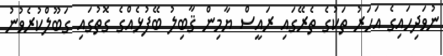
ނުވަދިހައިގެ އަހަރު ތަކުގެ ތެރޭގައި ރައީސް ޔާމިން ޤާބިލު ބޭފުޅެއްގެ ގޮތުގައި ގަބޫލްކުރެވުނު